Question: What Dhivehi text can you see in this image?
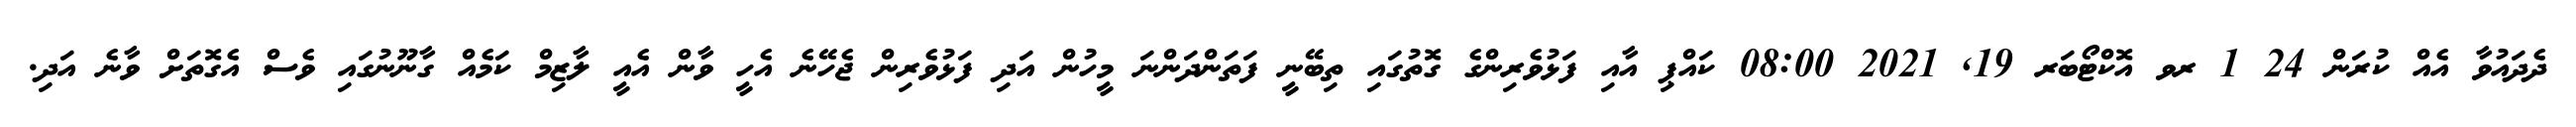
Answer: ދެދައުވާ އެއް ކުރަން 24 1 ރވ އޮކްޓޯބަރ 19, 2021 08:00 ކައްޕި އާއި ފަޅުވެރިންގެ ގޮތުގައި ތިބޭނީ ފަތަންދަންނަ މީހުން އަދި ފަޅުވެރިން ޖެހޭނެ އެހީ ވާން އެއީ ލާޒިމް ކަމެއް ގާނޫނުގައި ވެސް އެގޮތަށް ވާނެ އަދި.